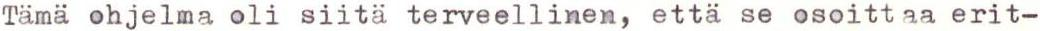
Tämä ohjelma oli siitä terveellinen, että se osoittaa erit-